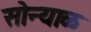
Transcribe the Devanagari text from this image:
सोन्याळ